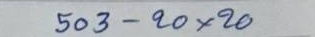
503 - 20 x 20